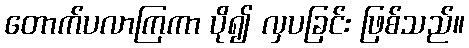
တောက်ပလာကြကာ ပို၍ လှပခြင်း ဖြစ်သည်။